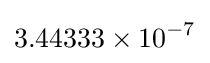
3.44333\times 10^{-7}